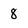
Character: 8